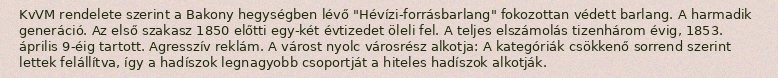
KvVM rendelete szerint a Bakony hegységben lévő "Hévízi-forrásbarlang" fokozottan védett barlang. A harmadik generáció. Az első szakasz 1850 előtti egy-két évtizedet öleli fel. A teljes elszámolás tizenhárom évig, 1853. április 9-éig tartott. Agresszív reklám. A várost nyolc városrész alkotja: A kategóriák csökkenő sorrend szerint lettek felállítva, így a hadíszok legnagyobb csoportját a hiteles hadíszok alkotják.